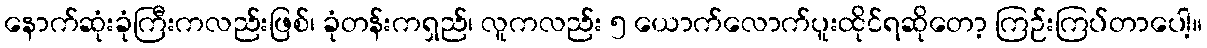
နောက်ဆုံးခုံကြီးကလည်းဖြစ်၊ ခုံတန်းကရှည်၊ လူကလည်း ၅ ယောက်လောက်ပူးထိုင်ရဆိုတော့ ကြဉ်းကြပ်တာပေါ့။